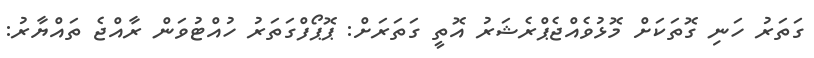
ގަތަރު ހަނި ގޮތަކަށް މޮޅުވެއްޖެޕްރެޝަރު އޮތީ ގަތަރަށް: ޕޮޕޯފްގަތަރު ހުއްޓުވަން ރާއްޖެ ތައްޔާރު: